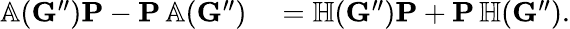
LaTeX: \begin{array}{rl}{\mathbb{A}(\mathbf{G}^{\prime\prime})\mathbf{P}-\mathbf{P}\, \mathbb{A}(\mathbf{G}^{\prime\prime})}&{{}=\mathbb{H}(\mathbf{G}^{\prime\prime})\mathbf{P}+\mathbf{P}\, \mathbb{H}(\mathbf{G}^{\prime\prime}).}\end{array}